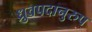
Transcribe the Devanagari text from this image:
ध्रुवपदानुरुप